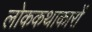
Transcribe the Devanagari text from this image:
लोककथाकारों